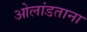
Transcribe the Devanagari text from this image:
ओलांडताना